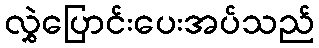
လွှဲပြောင်းပေးအပ်သည်